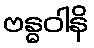
ဗန္ဓဝါနိ